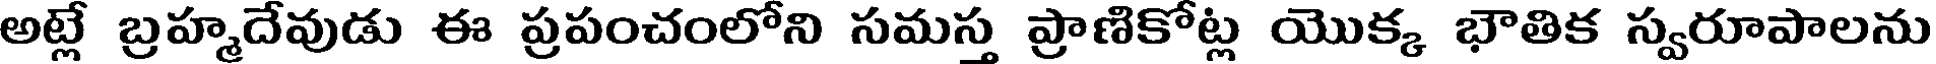
అట్లే బ్రహ్మదేవుడు ఈ ప్రపంచంలోని సమస్త ప్రాణికోట్ల యొక్క భౌతిక స్వరూపాలను